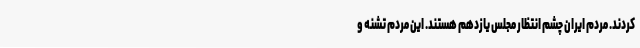
کردند. مردم ایران چشم‌ انتظار مجلس یازدهم هستند. این مردم تشنه و